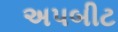
અપબીટ